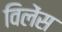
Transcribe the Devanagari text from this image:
विलेंस